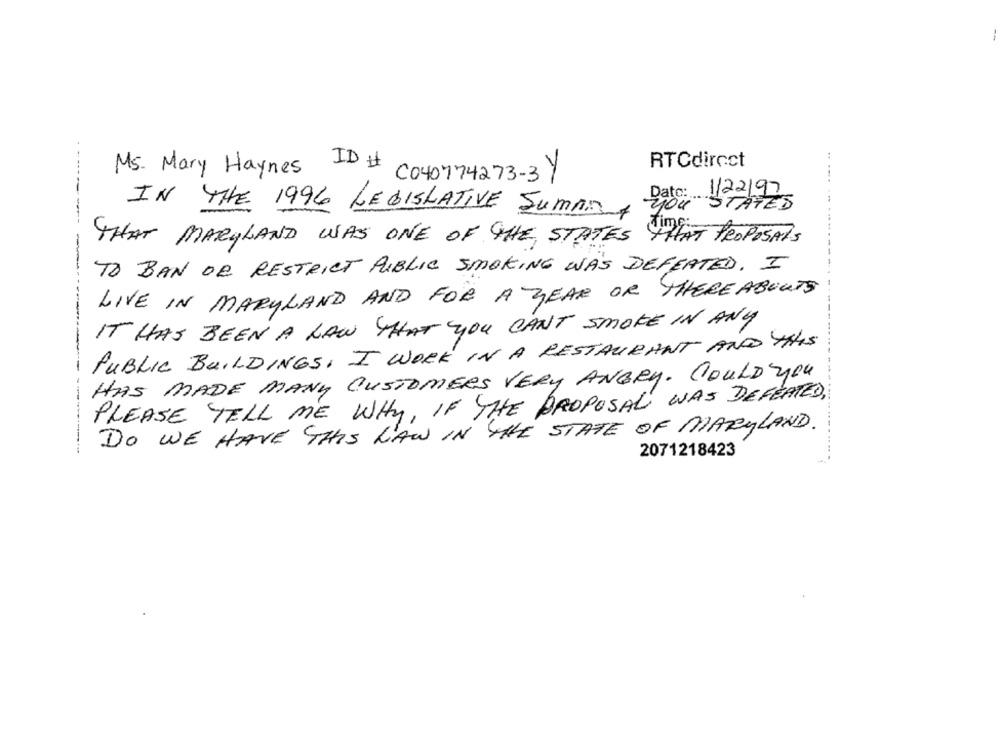
RTCdirect
.....
Ms. Mary Haynes ID # C040774273-3Y
ato: 1/22/97
STATES
IN THE 1996 LEGISLATIVE SUMMA
---------
THAT MARYLAND WAS ONE OF THE, STATES THAT PROPOSATS
TO BAN OR RESTRICT PUBLIC SMOKING WAS DEFEATED. I
LIVE IN MARYLAND AND FOR A YEAR OR THERE ABOUTS
IT HAS BEEN A LAW THAT YOU CANT SMOKE IN ANY
PUBLIC BUILDINGS, I WORK IN A RESTAURANT AND THIS
HAS MADE MANY CUSTOMERS VERY ANGRY. COULD you
PLEASE TELL ME WHY, IF THE PROPOSAL WAS DEFEATED,
DO WE HAVE THIS LAW IN THE STATE OF MARYLAND.
------
2071218423